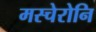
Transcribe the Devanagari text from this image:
मस्चेरोनि